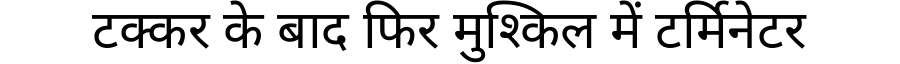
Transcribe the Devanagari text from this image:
टक्कर के बाद फिर मुश्किल में टर्मिनेटर